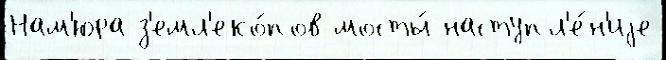
Нам'юра з'емл'еко́пов мосты́ наступл'е́н'иjе